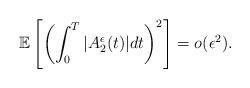
LaTeX: \begin{align*}\mathbb{E}\left[ \left( \int_{0}^{T}|A_{2}^{\epsilon}(t)|dt\right)^{2}\right] =o(\epsilon^{2}). \end{align*}